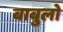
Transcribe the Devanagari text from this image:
बाबुलो